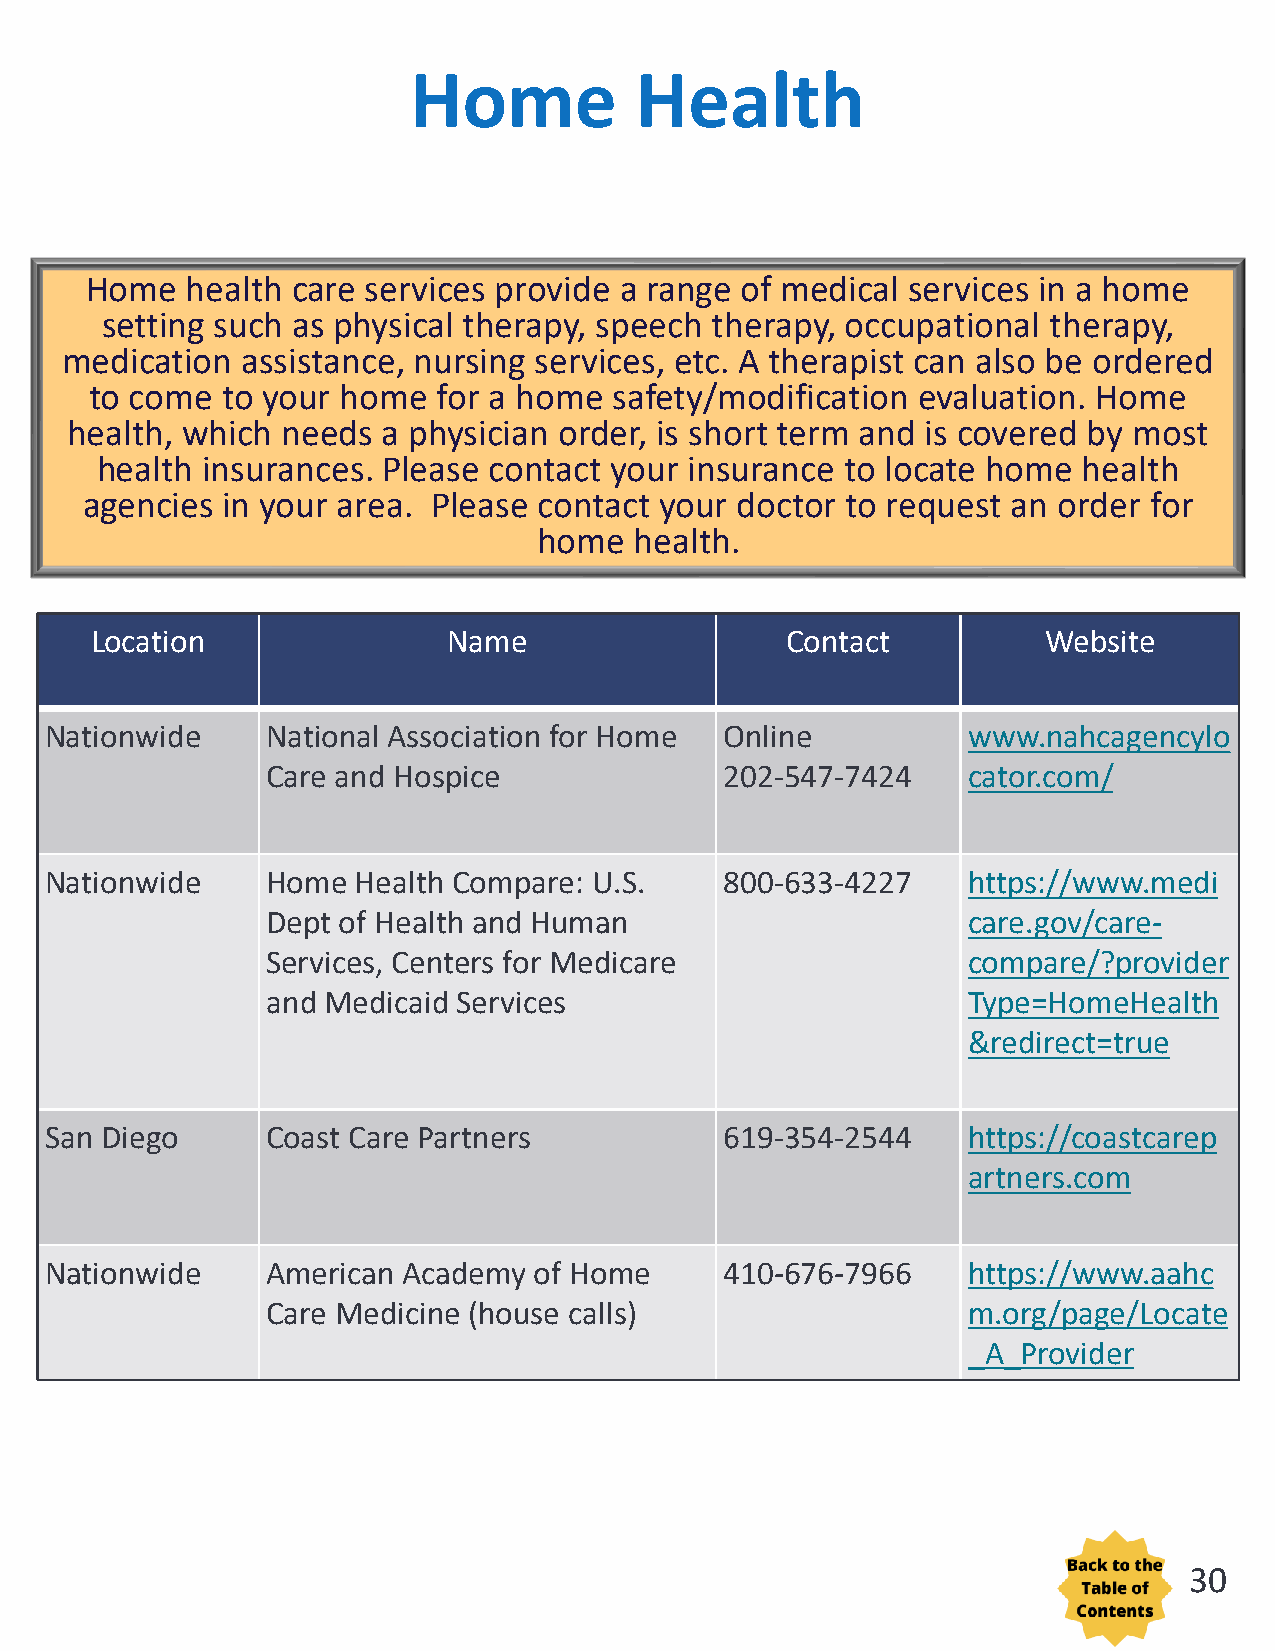
Home           Health
 Home  health care services provide a range of medical services in a home
 setting such as physical therapy, speech therapy, occupational therapy,
 medication  assistance, nursing services, etc. A therapist can also be ordered
 to come  to your home  for a home  safety/modification evaluation. Home
 health, which  needs a physician order, is short term and is covered by most
 health insurances. Please contact your  insurance to locate home  health
 agencies  in your area. Please contact your doctor to request an order for
 home  health.
 Location                Name                  Contact          Website
 Nationwide     National Association for Home Online          www.nahcagencylo
 Care and Hospice              202-547-7424    cator.com/
 Nationwide     Home  Health Compare: U.S.    800-633-4227    https://www.medi
 Dept of Health and Human                      care.gov/care-
 Services, Centers for Medicare                compare/?provider
 and Medicaid Services                         Type=HomeHealth
 &redirect=true
 San Diego      Coast Care Partners           619-354-2544    https://coastcarep
 artners.com
 Nationwide     American Academy of Home      410-676-7966    https://www.aahc
 Care Medicine (house calls)                   m.org/page/Locate
 _A_Provider
 30